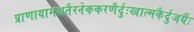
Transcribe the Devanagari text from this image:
प्राणायामशतैरनेककरणैर्दुःखात्मकैर्दुजर्यैः